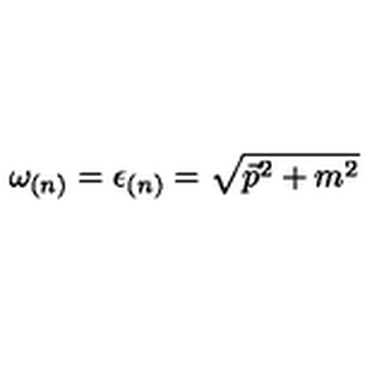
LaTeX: \omega _ { ( n ) } = \epsilon _ { ( n ) } = \sqrt { \vec { p } ^ { 2 } + m ^ { 2 } }